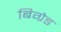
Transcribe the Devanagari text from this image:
बिग्रेड